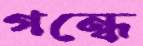
গন্ধে